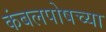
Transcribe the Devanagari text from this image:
कंबलपोषच्या